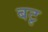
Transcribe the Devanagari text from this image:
बटृ